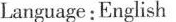
Language:English